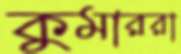
কুমাররা